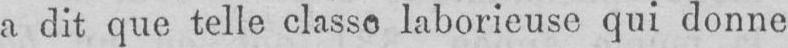
a dit que telle classe laborieuse qui donne